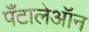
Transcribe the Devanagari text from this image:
पँटालेऑन